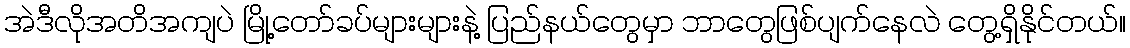
အဲဒီလိုအတိအကျပဲ မြို့တော်ခပ်များများနဲ့ ပြည်နယ်တွေမှာ ဘာတွေဖြစ်ပျက်နေလဲ တွေ့ရှိနိုင်တယ်။